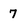
Character: 7